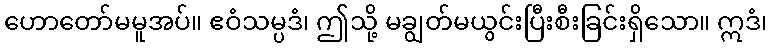
ဟောတော်မမူအပ်။ ဧဝံသမ္ပဒံ၊ ဤသို့ မချွတ်မယွင်းပြီးစီးခြင်းရှိသော။ ဣဒံ၊